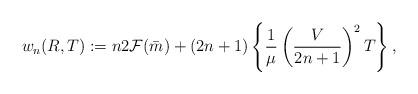
LaTeX: \begin{align*} w_n(R,T):= n 2\mathcal F(\bar m) + (2n+1) \left\{\frac{1}{\mu}\left(\frac{V}{2n+1}\right)^2 T\right\}, \end{align*}